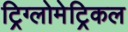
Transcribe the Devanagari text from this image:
ट्रिग्लोमेट्रिकल